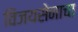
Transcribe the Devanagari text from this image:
विजयसेनाचा